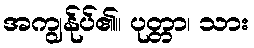
အကျွန်ုပ်၏။ ပုတ္တာ၊ သား